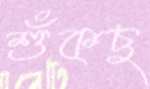
শুঁকছ